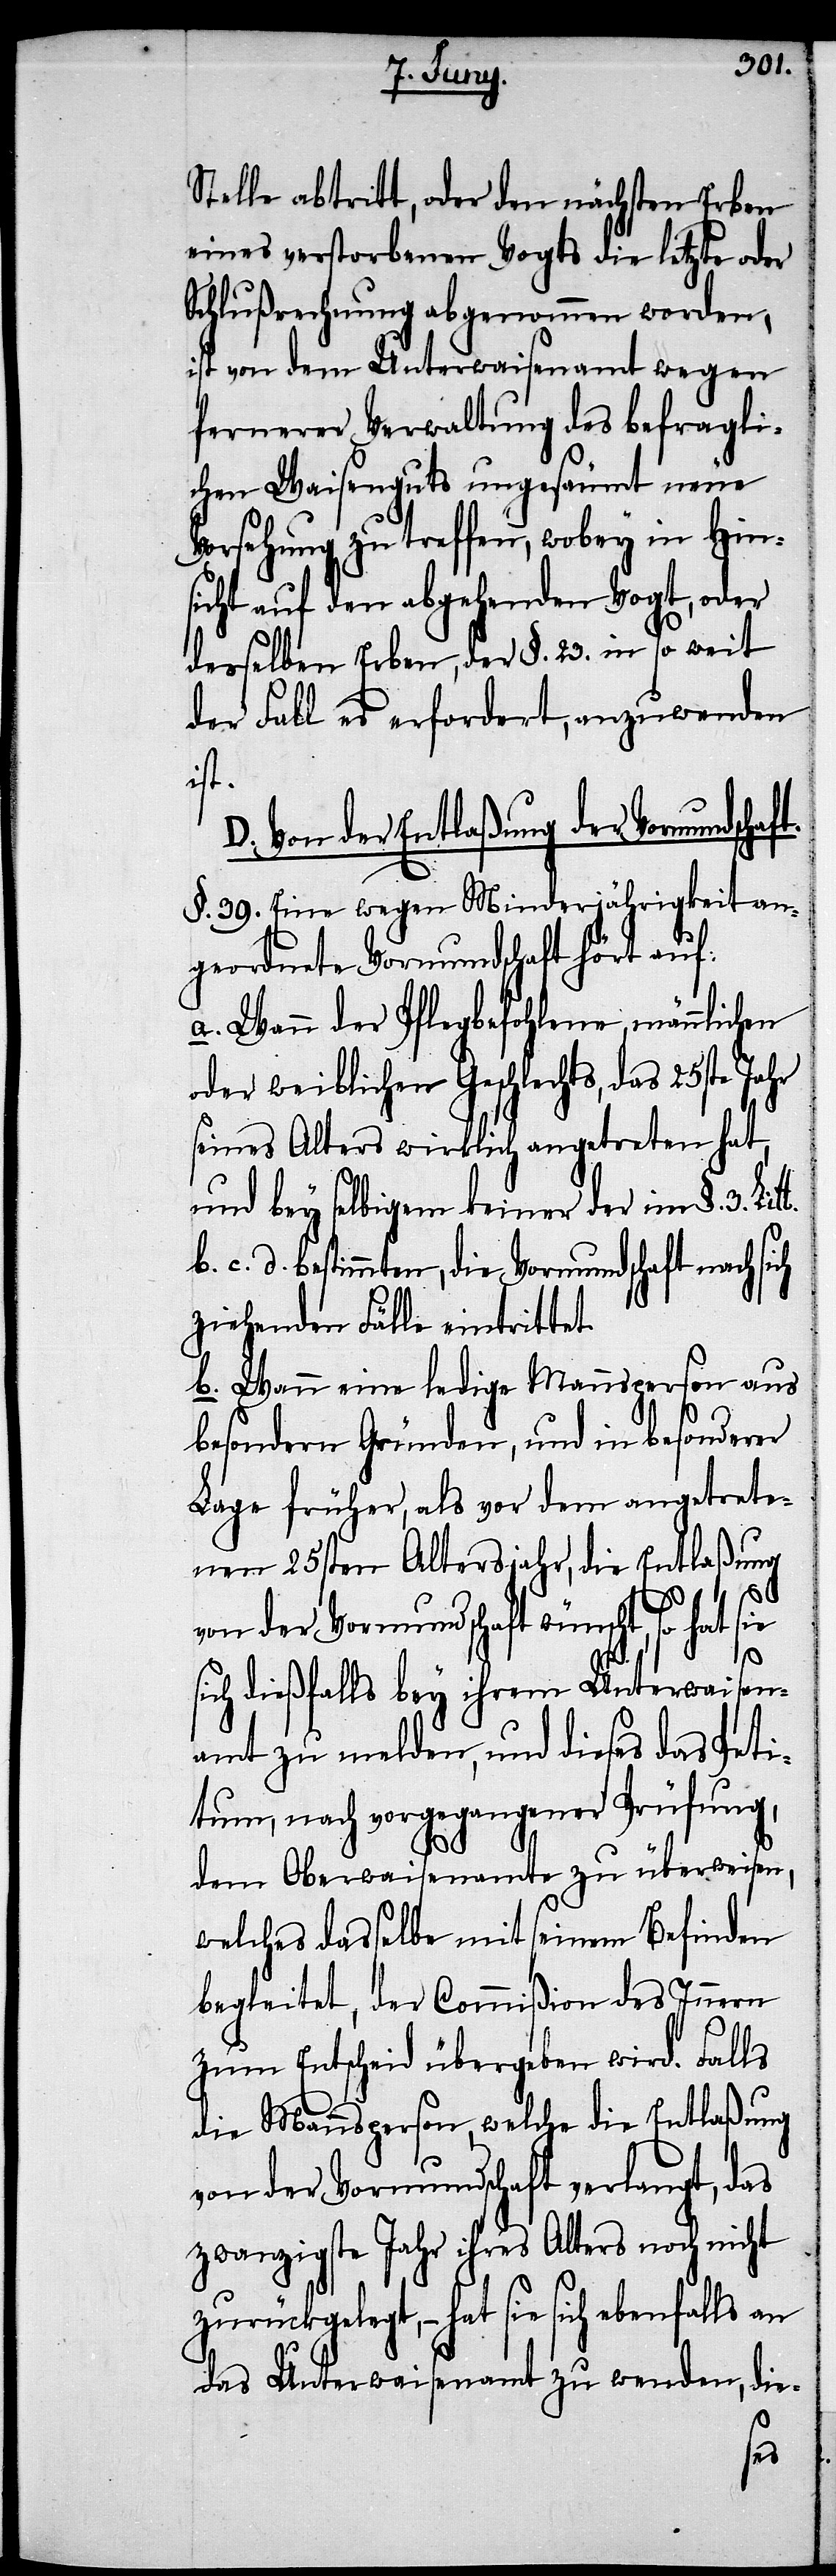
Stelle abtritt, oder den nächsten Erben
eines verstorbenen Vogts die letzte oder
Schlußrechnung abgenommen worden,
ist von dem Unterwaisenamt wegen
fernerer Verwaltung des befragli¬
chen Waisenguts ungesäumt neue
Vorsehung zu treffen, wobey in Hin¬
sicht auf den abgehenden Vogt, oder
desselben Erben, der §. 23. in so weit
der Fall es erfordert, anzuwenden
ist.
D. Von der Entlaßung der Vormundscha¬
§. 39. Eine wegen Minderjährigkeit an¬
geordnete Vormundschaft hört auf:
a.) Wann der Pflegbefohlene, männlichen
oder weiblichen Geschlechts, das 25ste Jahr
seines Alters wirklich angetreten hat,
und bey selbigem keiner der im §. 3.
c. d. bestimmten, die Vormundschaft nach sich
ziehenden Fälle eintrittet.
b.) Wann eine ledige Mannsperson aus
besondern Gründen, und in besonderer
Lage früher, als vor dem angetrete¬
nen 25sten Altersjahr, die Entlaßung
ft.
von der Vormundschaft wünscht, so hat sie
sich dießfalls bey ihrem Unterwaisen¬
amt zu melden, und dieses das Peti¬
tum, nach vorgegangener Prüfung,
dem Oberwaisenamte zu überweisen,
welches dasselbe mit seinem Befinden
begleitet, der Commißion des Innern
zum Entscheid übergeben wird. Falls
die Mannsperson, welche die Entlaßung
von der Vormundschaft verlangt, das
zwanzigste Jahr ihres Alters noch nicht
zurückgelegt, – hat sie sich ebenfalls an
das Unterwaisenamt zu wenden, die-